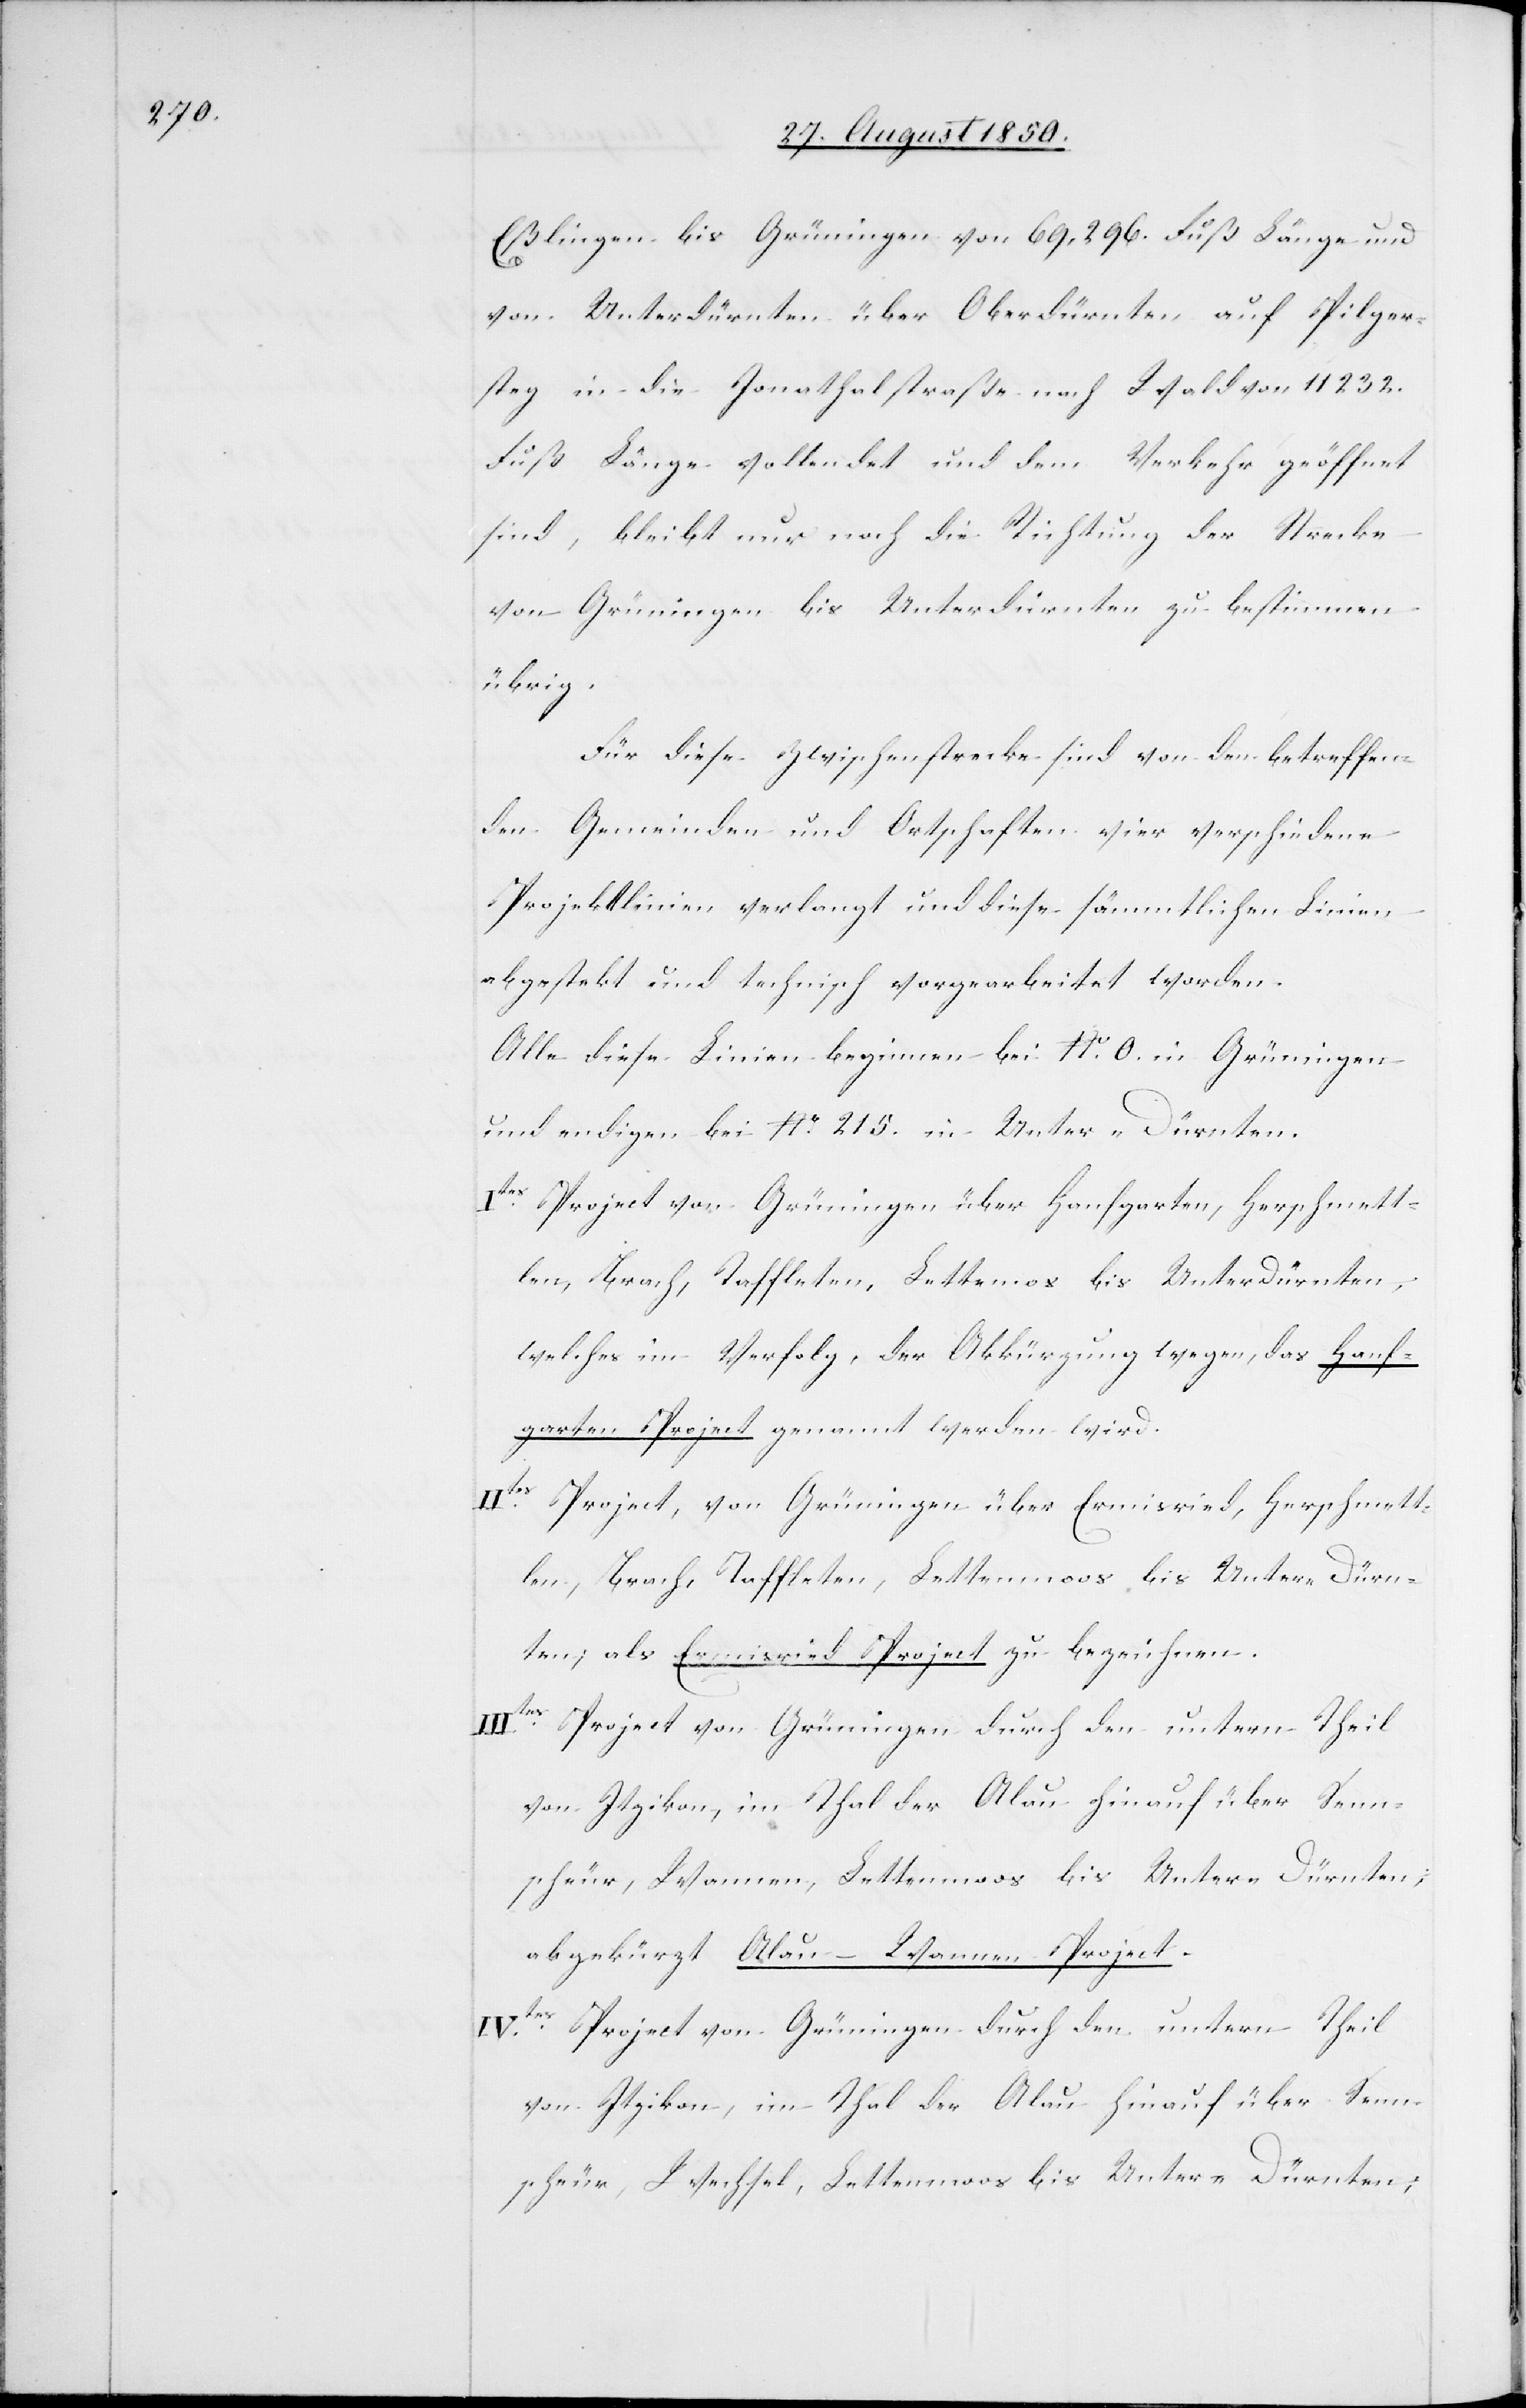
Eßlingen bis Grüningen von 69,296. Fuß Länge und
von Unterdürnten über Oberdürnten, auf Pilger¬
steg in die Jonathalstraße nach Wald von 11 232.
Fuß Länge vollendet und dem Verkehr geöffnet
sind, bleibt nur noch die Richtung der Strecke
von Grüningen bis Unterdürnten zu bestimmen
übrig.
Für diese Zwischenstrecke sind von den betreffen¬
den Gemeinden und Ortschaften vier verschiedene
Projektlinien verlangt und diese sämmtlichen Linien
abgestekt und technisch vorgearbeitet worden.
Alle diese Linien beginnen bei No. 0. in Grüningen
und endigen bei No. 215. in Unter-Dürnten.
Ites Project von Grüningen über Hanfgarten, Herschmett¬
len, Brach, Taffleten, Lettemos bis Unterdürnten,
welches im Verfolg, der Abkürzung wegen, das Hanf¬
garten Project genannt werden wird.
IItes Project, von Grüningen über Ermisried, Herschmett¬
len, Brach, Taffleten, Lettenmoos bis Unter-Dürn¬
ten; als Ermisried Project zu bezeichnen.
scheur, Wannen, Lettenmoos bis Unter-Dürnten;
abgekürzt Alau-Wannen Project.
IVtes Project von Grüningen durch den untern Theil
von Itzikon, im Thal der Alau hinauf über Senn¬
scheur, Wechsel, Lettenmoos bis Unter-Dürnten;